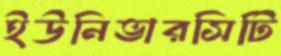
ইউনিভারসিটি